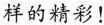
样的精彩！